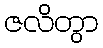
ဇလိတွာ